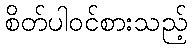
စိတ်ပါဝင်စားသည့်